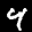
Label: 4